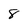
Character: 8